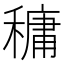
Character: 𥡲